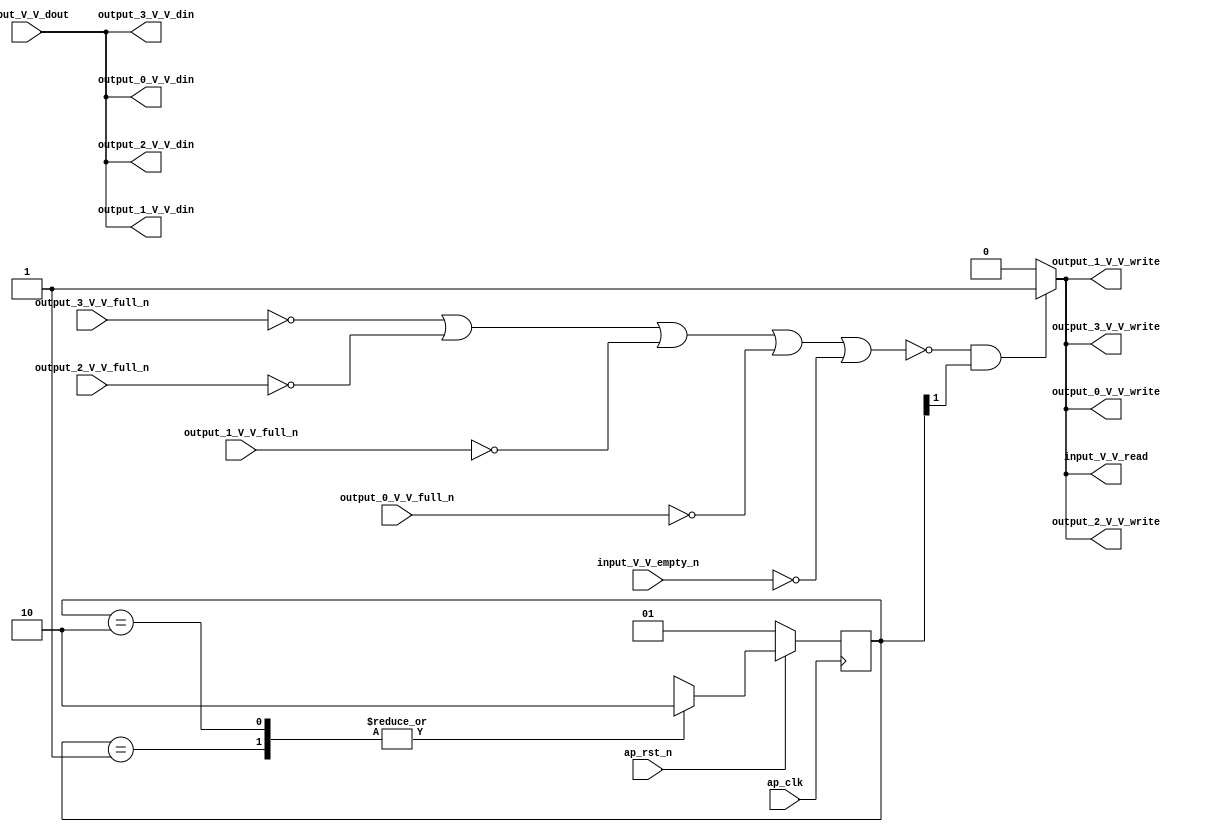
// ==============================================================
// RTL generated by Vivado(TM) HLS - High-Level Synthesis from C, C++ and SystemC
// Version: 2017.4
// Copyright (C) 1986-2017 Xilinx, Inc. All Rights Reserved.
// 
// ===========================================================

`timescale 1 ns / 1 ps 

(* CORE_GENERATION_INFO="gen_in,hls_ip_2017_4,{HLS_INPUT_TYPE=cxx,HLS_INPUT_FLOAT=0,HLS_INPUT_FIXED=1,HLS_INPUT_PART=xc7z020clg484-1,HLS_INPUT_CLOCK=10.000000,HLS_INPUT_ARCH=others,HLS_SYN_CLOCK=7.268000,HLS_SYN_LAT=-1,HLS_SYN_TPT=none,HLS_SYN_MEM=0,HLS_SYN_DSP=0,HLS_SYN_FF=2,HLS_SYN_LUT=68}" *)

module gen_in (
        ap_clk,
        ap_rst_n,
        input_V_V_dout,
        input_V_V_empty_n,
        input_V_V_read,
        output_0_V_V_din,
        output_0_V_V_full_n,
        output_0_V_V_write,
        output_1_V_V_din,
        output_1_V_V_full_n,
        output_1_V_V_write,
        output_2_V_V_din,
        output_2_V_V_full_n,
        output_2_V_V_write,
        output_3_V_V_din,
        output_3_V_V_full_n,
        output_3_V_V_write
);

parameter    ap_ST_fsm_state1 = 2'd1;
parameter    ap_ST_fsm_state2 = 2'd2;

input   ap_clk;
input   ap_rst_n;
input  [15:0] input_V_V_dout;
input   input_V_V_empty_n;
output   input_V_V_read;
output  [15:0] output_0_V_V_din;
input   output_0_V_V_full_n;
output   output_0_V_V_write;
output  [15:0] output_1_V_V_din;
input   output_1_V_V_full_n;
output   output_1_V_V_write;
output  [15:0] output_2_V_V_din;
input   output_2_V_V_full_n;
output   output_2_V_V_write;
output  [15:0] output_3_V_V_din;
input   output_3_V_V_full_n;
output   output_3_V_V_write;

reg input_V_V_read;
reg output_0_V_V_write;
reg output_1_V_V_write;
reg output_2_V_V_write;
reg output_3_V_V_write;

reg    ap_rst_n_inv;
reg    input_V_V_blk_n;
(* fsm_encoding = "none" *) reg   [1:0] ap_CS_fsm;
wire    ap_CS_fsm_state2;
reg    output_0_V_V_blk_n;
reg    output_1_V_V_blk_n;
reg    output_2_V_V_blk_n;
reg    output_3_V_V_blk_n;
reg    ap_block_state2;
reg   [1:0] ap_NS_fsm;

// power-on initialization
initial begin
#0 ap_CS_fsm = 2'd1;
end

always @ (posedge ap_clk) begin
    if (ap_rst_n_inv == 1'b1) begin
        ap_CS_fsm <= ap_ST_fsm_state1;
    end else begin
        ap_CS_fsm <= ap_NS_fsm;
    end
end

always @ (*) begin
    if ((1'b1 == ap_CS_fsm_state2)) begin
        input_V_V_blk_n = input_V_V_empty_n;
    end else begin
        input_V_V_blk_n = 1'b1;
    end
end

always @ (*) begin
    if ((~((output_3_V_V_full_n == 1'b0) | (output_2_V_V_full_n == 1'b0) | (output_1_V_V_full_n == 1'b0) | (output_0_V_V_full_n == 1'b0) | (input_V_V_empty_n == 1'b0)) & (1'b1 == ap_CS_fsm_state2))) begin
        input_V_V_read = 1'b1;
    end else begin
        input_V_V_read = 1'b0;
    end
end

always @ (*) begin
    if ((1'b1 == ap_CS_fsm_state2)) begin
        output_0_V_V_blk_n = output_0_V_V_full_n;
    end else begin
        output_0_V_V_blk_n = 1'b1;
    end
end

always @ (*) begin
    if ((~((output_3_V_V_full_n == 1'b0) | (output_2_V_V_full_n == 1'b0) | (output_1_V_V_full_n == 1'b0) | (output_0_V_V_full_n == 1'b0) | (input_V_V_empty_n == 1'b0)) & (1'b1 == ap_CS_fsm_state2))) begin
        output_0_V_V_write = 1'b1;
    end else begin
        output_0_V_V_write = 1'b0;
    end
end

always @ (*) begin
    if ((1'b1 == ap_CS_fsm_state2)) begin
        output_1_V_V_blk_n = output_1_V_V_full_n;
    end else begin
        output_1_V_V_blk_n = 1'b1;
    end
end

always @ (*) begin
    if ((~((output_3_V_V_full_n == 1'b0) | (output_2_V_V_full_n == 1'b0) | (output_1_V_V_full_n == 1'b0) | (output_0_V_V_full_n == 1'b0) | (input_V_V_empty_n == 1'b0)) & (1'b1 == ap_CS_fsm_state2))) begin
        output_1_V_V_write = 1'b1;
    end else begin
        output_1_V_V_write = 1'b0;
    end
end

always @ (*) begin
    if ((1'b1 == ap_CS_fsm_state2)) begin
        output_2_V_V_blk_n = output_2_V_V_full_n;
    end else begin
        output_2_V_V_blk_n = 1'b1;
    end
end

always @ (*) begin
    if ((~((output_3_V_V_full_n == 1'b0) | (output_2_V_V_full_n == 1'b0) | (output_1_V_V_full_n == 1'b0) | (output_0_V_V_full_n == 1'b0) | (input_V_V_empty_n == 1'b0)) & (1'b1 == ap_CS_fsm_state2))) begin
        output_2_V_V_write = 1'b1;
    end else begin
        output_2_V_V_write = 1'b0;
    end
end

always @ (*) begin
    if ((1'b1 == ap_CS_fsm_state2)) begin
        output_3_V_V_blk_n = output_3_V_V_full_n;
    end else begin
        output_3_V_V_blk_n = 1'b1;
    end
end

always @ (*) begin
    if ((~((output_3_V_V_full_n == 1'b0) | (output_2_V_V_full_n == 1'b0) | (output_1_V_V_full_n == 1'b0) | (output_0_V_V_full_n == 1'b0) | (input_V_V_empty_n == 1'b0)) & (1'b1 == ap_CS_fsm_state2))) begin
        output_3_V_V_write = 1'b1;
    end else begin
        output_3_V_V_write = 1'b0;
    end
end

always @ (*) begin
    case (ap_CS_fsm)
        ap_ST_fsm_state1 : begin
            ap_NS_fsm = ap_ST_fsm_state2;
        end
        ap_ST_fsm_state2 : begin
            ap_NS_fsm = ap_ST_fsm_state2;
        end
        default : begin
            ap_NS_fsm = 'bx;
        end
    endcase
end

assign ap_CS_fsm_state2 = ap_CS_fsm[32'd1];

always @ (*) begin
    ap_block_state2 = ((output_3_V_V_full_n == 1'b0) | (output_2_V_V_full_n == 1'b0) | (output_1_V_V_full_n == 1'b0) | (output_0_V_V_full_n == 1'b0) | (input_V_V_empty_n == 1'b0));
end

always @ (*) begin
    ap_rst_n_inv = ~ap_rst_n;
end

assign output_0_V_V_din = input_V_V_dout;

assign output_1_V_V_din = input_V_V_dout;

assign output_2_V_V_din = input_V_V_dout;

assign output_3_V_V_din = input_V_V_dout;

endmodule //gen_in